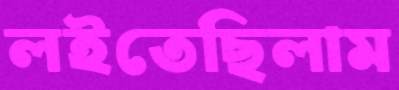
লইতেছিলাম